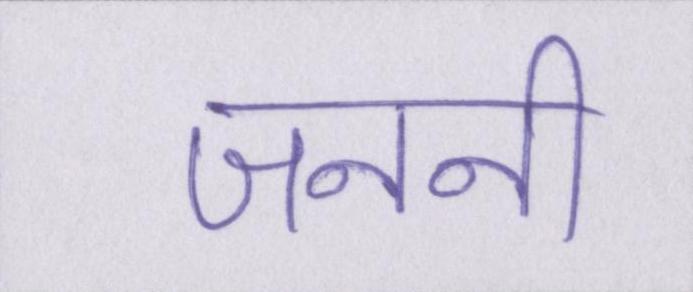
जननी